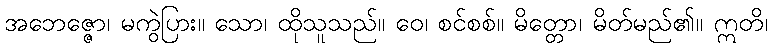
အဘေဇ္ဇော၊ မကွဲပြား။ သော၊ ထိုသူသည်။ ဝေ၊ စင်စစ်။ မိတ္တော၊ မိတ်မည်၏။ ဣတိ၊